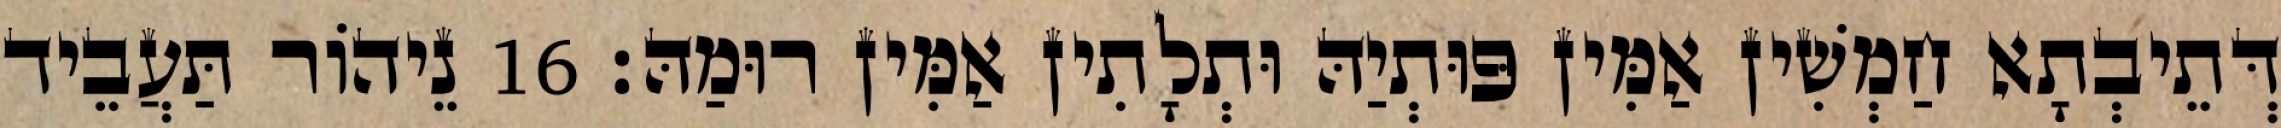
דְּתֵיבְתָא חַמְשִׁין אַמִּין פּוּתְיַהּ וּתְלָתִין אַמִּין רוּמַהּ׃ 16 נֵיהוֹר תַּעֲבֵיד